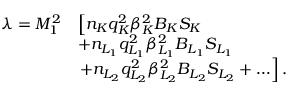
\begin{array} { r } { \begin{array} { r l } { \lambda = M _ { 1 } ^ { 2 } } & { \left[ n _ { K } q _ { K } ^ { 2 } \beta _ { K } ^ { 2 } B _ { K } S _ { K } \right. } \\ & { + n _ { L _ { 1 } } q _ { L _ { 1 } } ^ { 2 } \beta _ { L _ { 1 } } ^ { 2 } B _ { L _ { 1 } } S _ { L _ { 1 } } } \\ & { \left. + n _ { L _ { 2 } } q _ { L _ { 2 } } ^ { 2 } \beta _ { L _ { 2 } } ^ { 2 } B _ { L _ { 2 } } S _ { L _ { 2 } } + \ldots \right] . } \end{array} } \end{array}